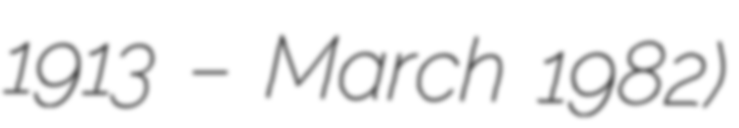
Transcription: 1913 – March 1982)